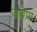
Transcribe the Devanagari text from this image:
जविप्रा